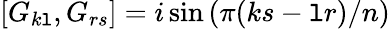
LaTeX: \left[G_{k\mathtt{l}},G_{rs}\right]=i\sin\left(\pi(ks-\mathtt{l}r)/n\right)